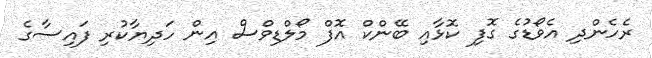
ރެހެންދި އެވޯޑުގެ ގޮފި ކޮޅާއި ބޭންކް އޮފް މޯލްޑިވްސް އިން ހަދިޔާކުރި ފައިސާގެ